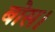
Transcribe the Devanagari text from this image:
बोस।